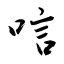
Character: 唁